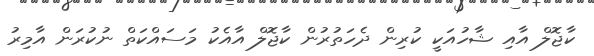
ކާޖޮލް އާއި ޝާހުއަކީ ކުރިން ދެހަތުރުން ކާޖޮލް އާއެކު މަސައްކަތް ނުކުރަން އާމިރު